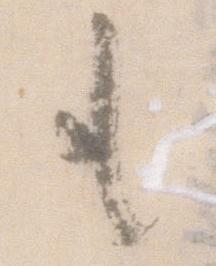
も